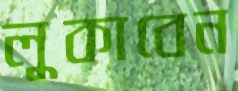
লুকাবেন